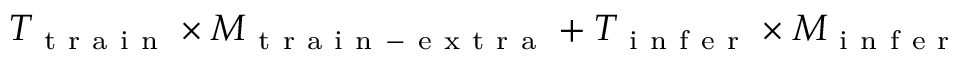
T _ { \mathrm { ~ t ~ r ~ a ~ i ~ n ~ } } \times M _ { \mathrm { ~ t ~ r ~ a ~ i ~ n ~ - ~ e ~ x ~ t ~ r ~ a ~ } } + T _ { \mathrm { ~ i ~ n ~ f ~ e ~ r ~ } } \times M _ { \mathrm { ~ i ~ n ~ f ~ e ~ r ~ } }